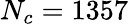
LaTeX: N_{c}=1357